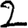
Digit: 2